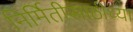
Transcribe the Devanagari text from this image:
निर्मितीसाठीच्या